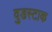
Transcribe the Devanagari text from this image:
वुडस्टाक